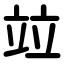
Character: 竝